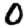
Digit: 0